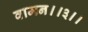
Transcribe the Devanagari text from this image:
वामन।।३।।